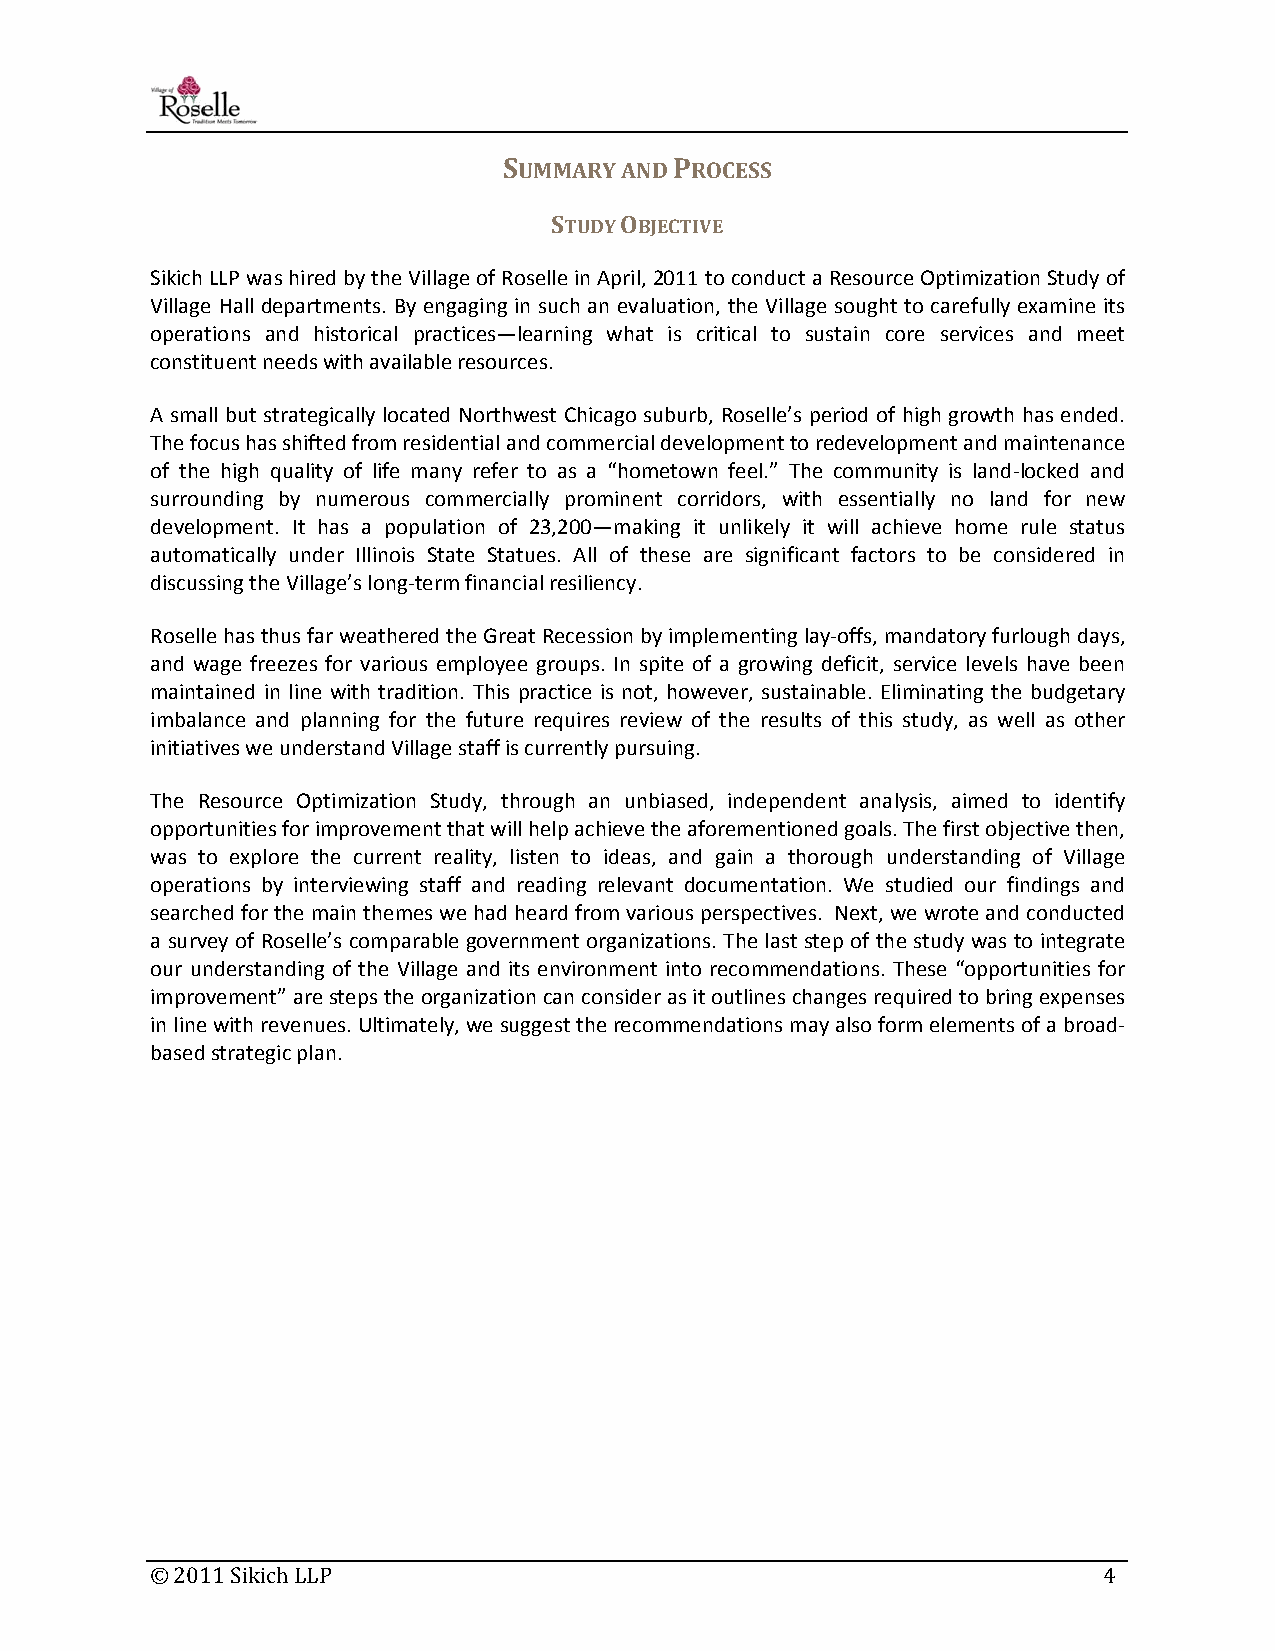
SUMMARY AND PROCESS
 STUDY OBJECTIVE
 Sikich LLP was hired by the Village of Roselle in April, 2011 to conduct a Resource Optimization Study of
 Village Hall departments. By engaging in such an evaluation, the Village sought to carefully examine its
 operations and historical practices—learning what is critical to sustain core services and meet
 constituent needs with available resources.
 A small but strategically located Northwest Chicago suburb, Roselle’s period of high growth has ended.
 The focus has shifted from residential and commercial development to redevelopment and maintenance
 of the high quality of life many refer to as a “hometown feel.” The community is land‐locked and
 surrounding by numerous commercially prominent corridors, with essentially no land for new
 development. It has a population of 23,200—making it unlikely it will achieve home rule status
 automatically under Illinois State Statues. All of these are significant factors to be considered in
 discussing the Village’s long‐term financial resiliency.
 Roselle has thus far weathered the Great Recession by implementing lay‐offs, mandatory furlough days,
 and wage freezes for various employee groups. In spite of a growing deficit, service levels have been
 maintained in line with tradition. This practice is not, however, sustainable. Eliminating the budgetary
 imbalance and planning for the future requires review of the results of this study, as well as other
 initiatives we understand Village staff is currently pursuing.
 The Resource Optimization Study, through an unbiased, independent analysis, aimed to identify
 opportunities for improvement that will help achieve the aforementioned goals. The first objective then,
 was to explore the current reality, listen to ideas, and gain a thorough understanding of Village
 operations by interviewing staff and reading relevant documentation. We studied our findings and
 searched for the main themes we had heard from various perspectives. Next, we wrote and conducted
 a survey of Roselle’s comparable government organizations. The last step of the study was to integrate
 our understanding of the Village and its environment into recommendations. These “opportunities for
 improvement” are steps the organization can consider as it outlines changes required to bring expenses
 in line with revenues. Ultimately, we suggest the recommendations may also form elements of a broad‐
 based strategic plan.
 © 2011 Sikich LLP                                              4